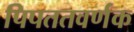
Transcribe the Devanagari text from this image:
पिपततवर्णक